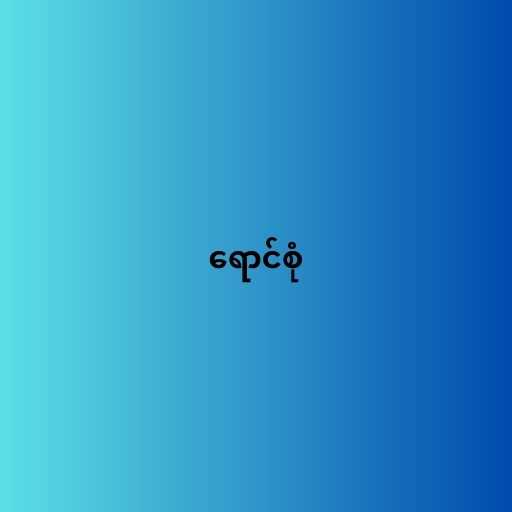
ရောင်စုံ